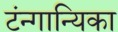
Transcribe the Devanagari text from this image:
टंन्गान्यिका